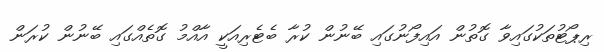
ރިޕޯޓުތަކުގައިވާ ގޮތުން އައިފޯނުގައި ބޭނުން ކުރާ ބެޓެރިއަކީ އާއްމު ގޮތެއްގައި ބޭނުން ކުރަން